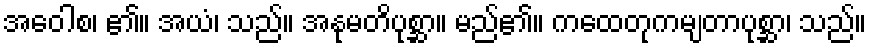
အဝေါစ၊ ၏။ အယံ၊ သည်။ အနုမတိပုစ္ဆာ။ မည်၏။ ကထေတုကမျတာပုစ္ဆာ၊ သည်။